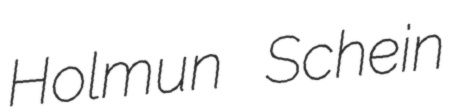
Holmun Schein